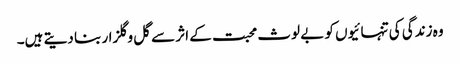
وہ زندگی کی تنہائیوں کو بے لوث محبت کے اثر سے گل و گلزار بنا دیتے ہیں۔